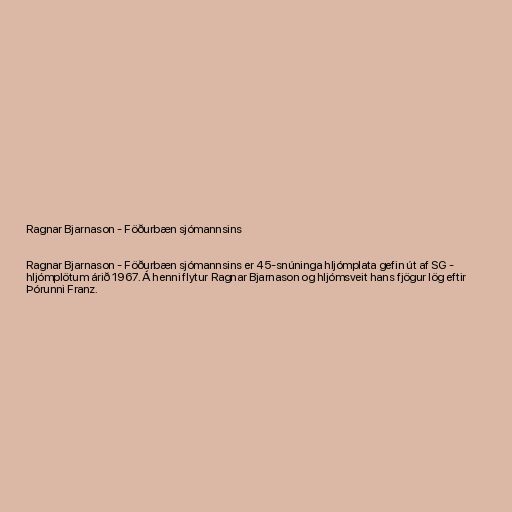
Ragnar Bjarnason - Föðurbæn sjómannsins

Ragnar Bjarnason - Föðurbæn sjómannsins er 45-snúninga hljómplata gefin út af SG -
hljómplötum árið 1967. Á henni flytur Ragnar Bjarnason og hljómsveit hans fjögur lög eftir
Þórunni Franz.